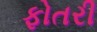
ફોતરી